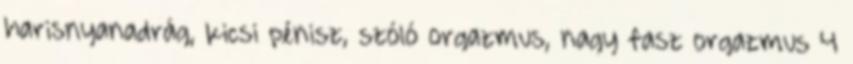
harisnyanadrág, kicsi pénisz, szóló orgazmus, nagy fasz orgazmus 4